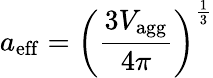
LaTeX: a_{\mathrm{eff}}=\left(\frac{3V_{\mathrm{agg}}}{4\pi}\right)^{\frac{1}{3}}